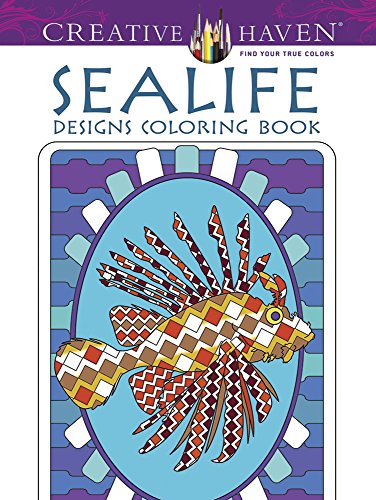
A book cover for Creative Haven Sealife Designs Coloring Book (Creative Haven Coloring Books); Kelly Montgomery; Arts & Photography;